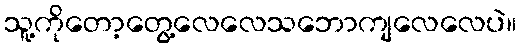
သူ့ကိုတော့တွေ့လေလေသဘောကျလေလေပဲ။